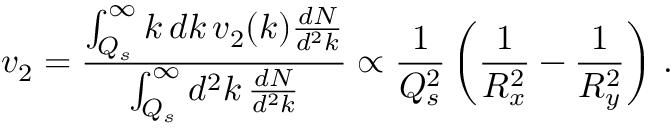
v _ { 2 } = { \frac { \int _ { Q _ { s } } ^ { \infty } k \, d k \, v _ { 2 } ( k ) \frac { d N } { d ^ { 2 } k } } { \int _ { Q _ { s } } ^ { \infty } d ^ { 2 } k \, \frac { d N } { d ^ { 2 } k } } } \propto \frac { 1 } { Q _ { s } ^ { 2 } } \left( \frac { 1 } { R _ { x } ^ { 2 } } - \frac { 1 } { R _ { y } ^ { 2 } } \right) \, .